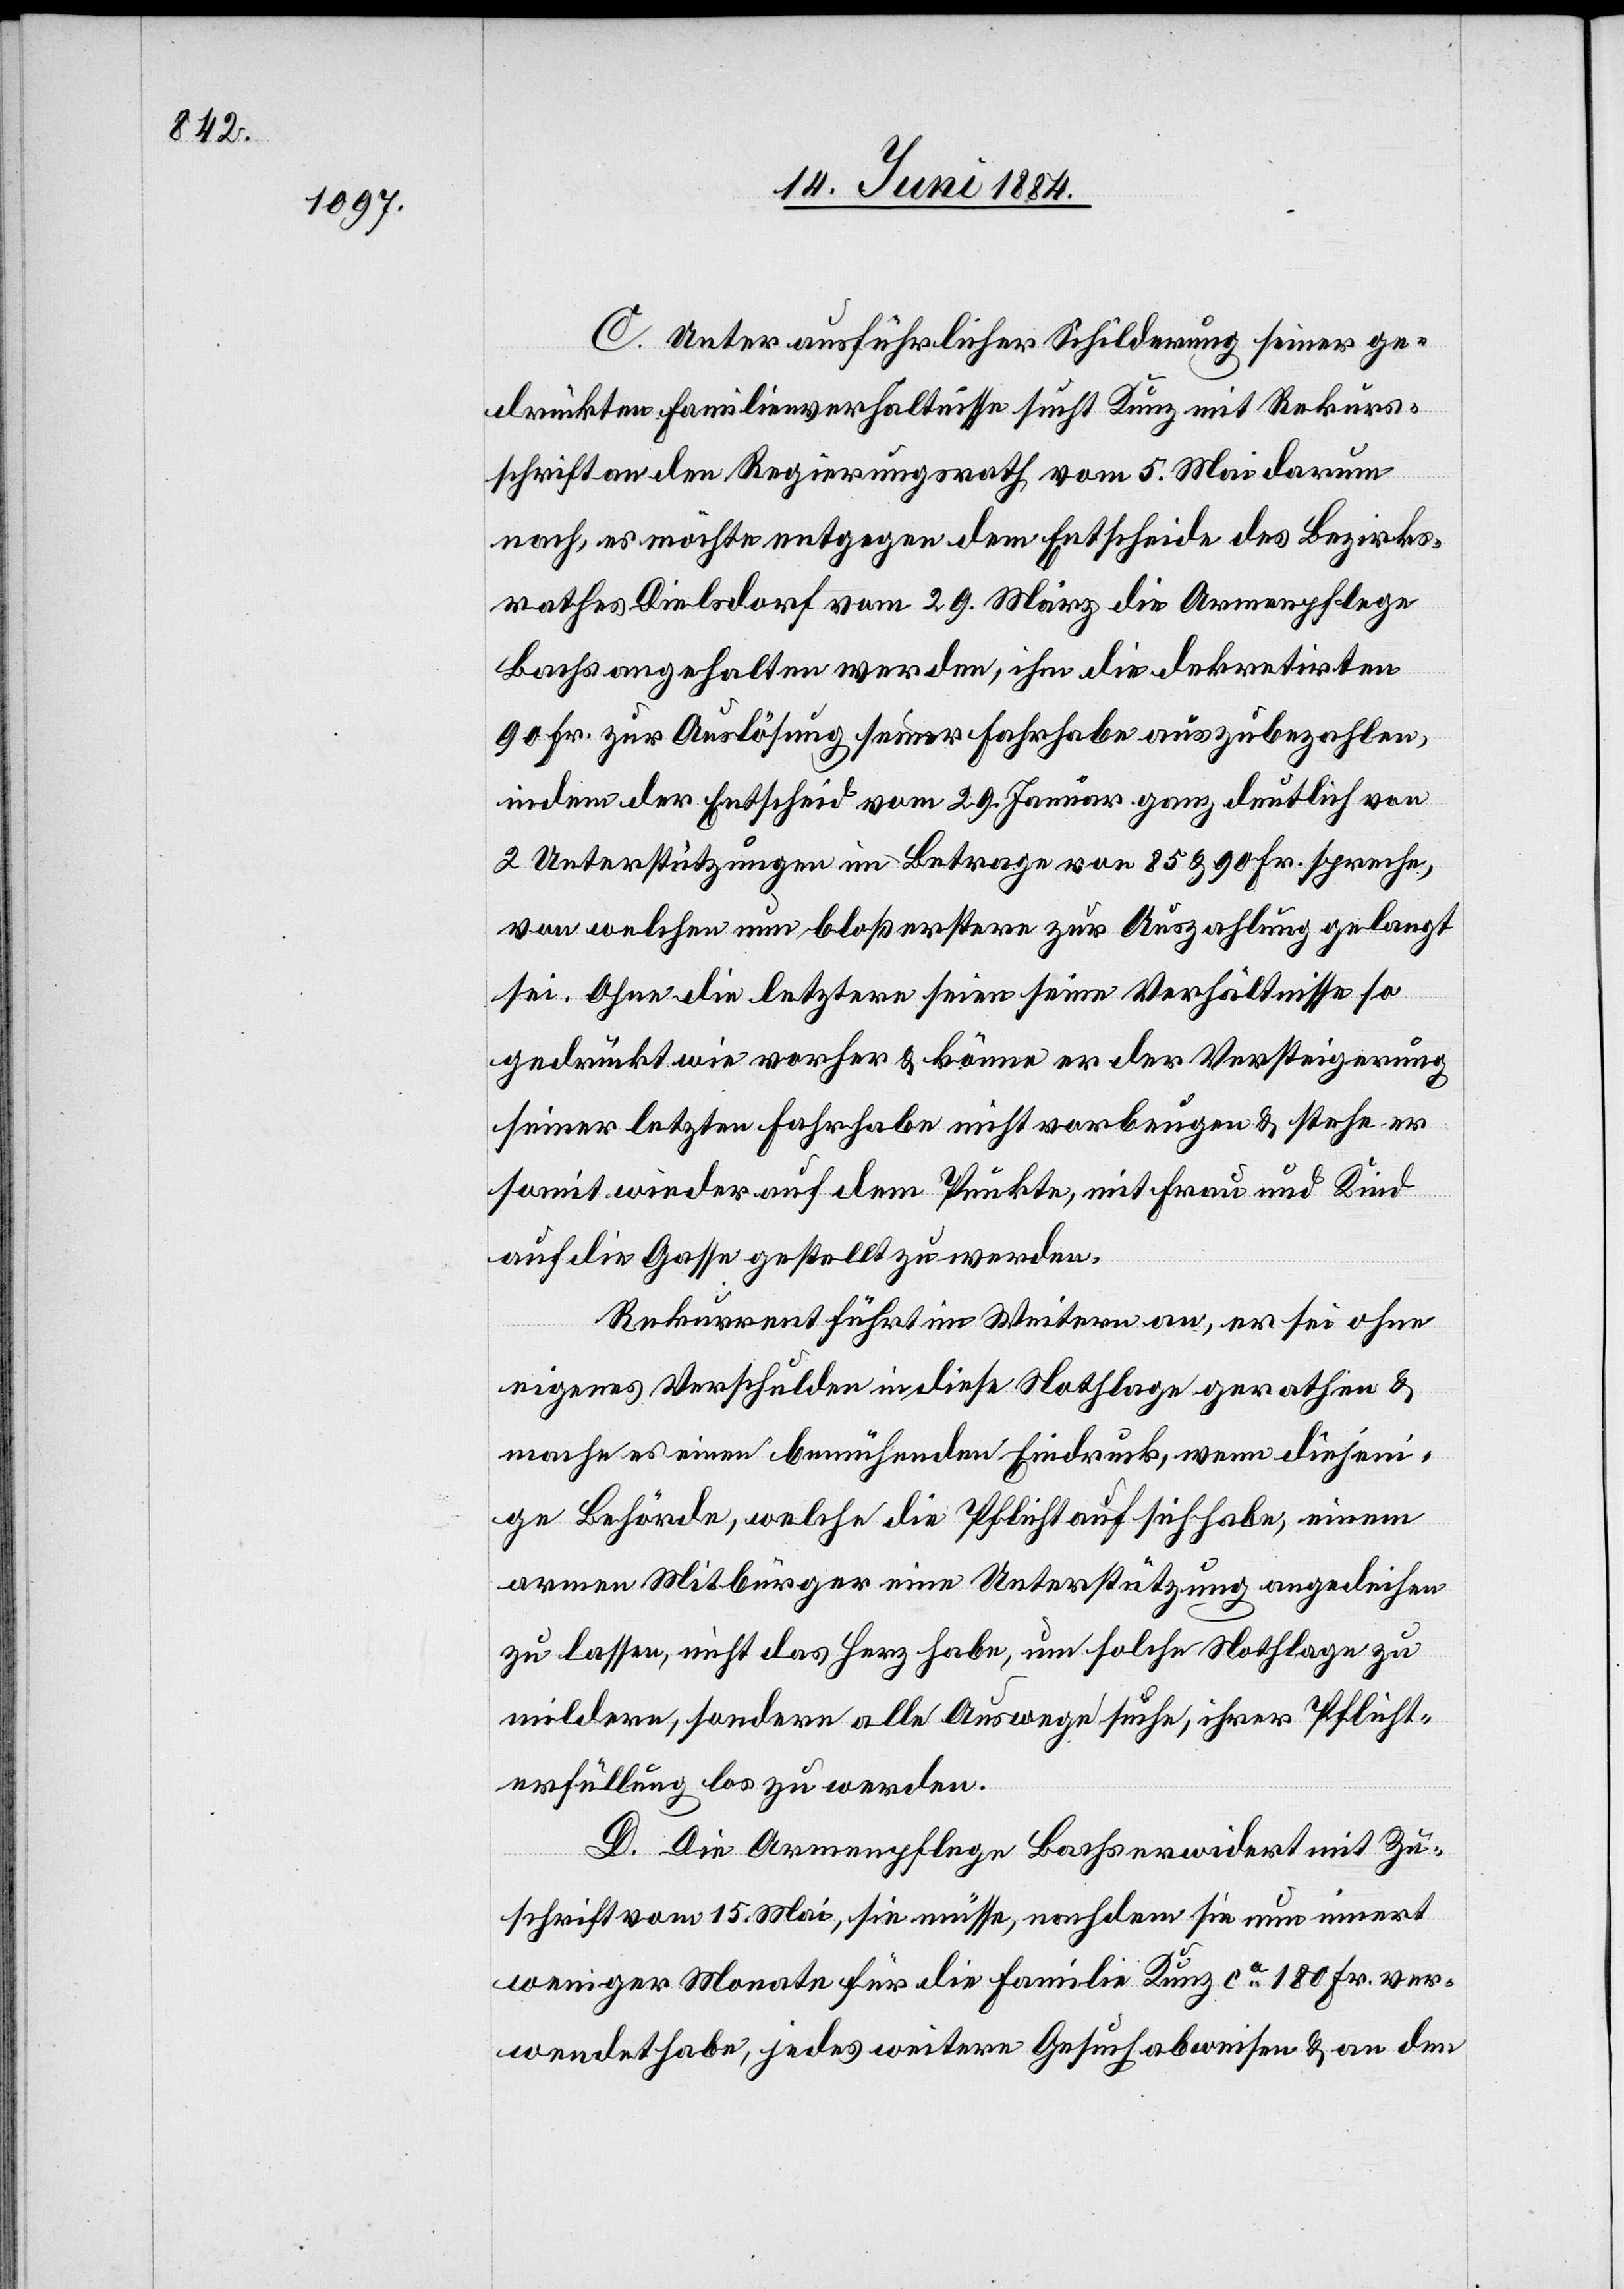
C. Unter ausführlicher Schilderung seiner ge¬
drückten Familienverhältniße sucht Kunz mit Rekurs¬
schrift an den Regierungsrath vom 5. Mai darum
nach, es möchte entgegen dem Entscheide des Bezirks¬
rathes Dielsdorf vom 29. März die Armenpflege
Bachs angehalten werden, ihm die dekretirten,
90 Fr. zur Auslösung seiner Fahrhabe auszubezahlen,
indem der Entscheid vom 29. Januar ganz deutlich von
2 Unterstützungen im Betrage von 85 & 90 Fr. spreche,
von welchen nun bloß erstere zur Auszahlung gelangt
sei. Ohne die letztere seien seine Verhältnisse so
gedrückt wie vorher & könne er der Versteigerung
seiner letzten Fahrhabe nicht vorbeugen & stehe er
somit wieder auf dem Punkte, mit Frau und Kind
auf die Gasse gestellt zu werden.
Rekurrent führt im Weitern an, er sei ohne
eigenes Verschulden in diese Nothlage gerathen &
mache es einen bemühenden Eindruck, wenn diejen¬
ige Behörde, welche die Pflicht auf sich habe, einem
armen Mitbürger eine Unterstützung angedeihen
zu lassen, nicht das Herz habe, um solche Nothlage zu
mildern, sondern alle Auswege such, ihrer Pflicht¬
erfüllung los zu werden.
D. Die Armenpflege Bachs erwidert mit Zu¬
schrift vom 15. Mai, sie müsse, nachdem sie nun innert
weniger Monate für die Familie Kunz ca 180 Fr. ver¬
wendet habe, jedes weitere Gesuch abweisen & an den